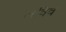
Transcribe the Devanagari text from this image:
लविव